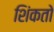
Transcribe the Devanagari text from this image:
शिंकतो